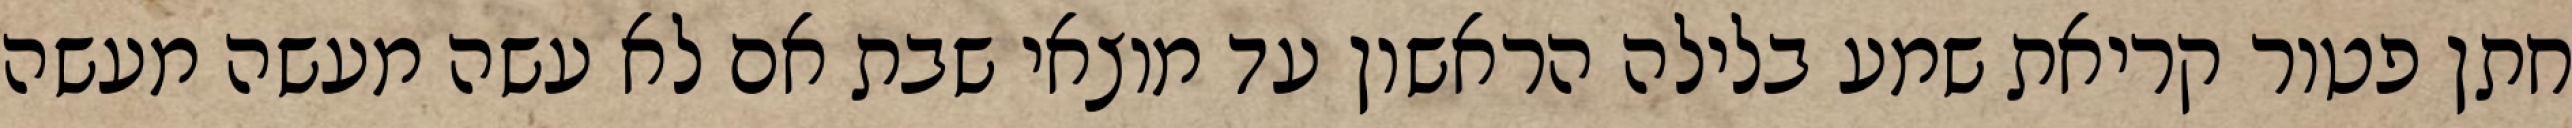
חתן פטור קריאת שמע בלילה הראשון עד מוצאי שבת אם לא עשה מעשה מעשה